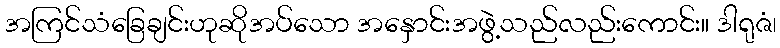
အကြင်သံခြေချင်းဟုဆိုအပ်သော အနှောင်းအဖွဲ့သည်လည်းကောင်း။ ဒါရုဇံ၊